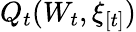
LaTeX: Q_{t}(W_{t},\xi_{[t]})